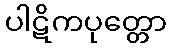
ပါဋိကပုတ္တော